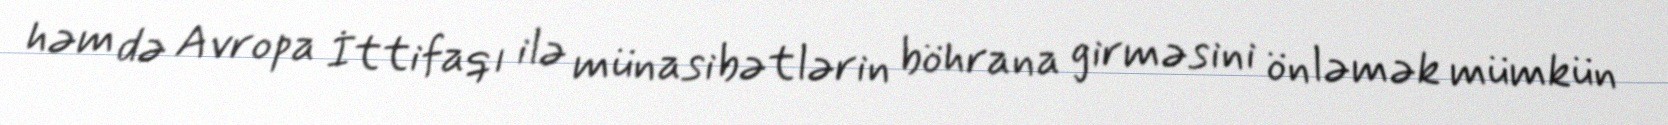
həm də Avropa İttifaqı ilə münasibətlərin böhrana girməsini önləmək mümkün